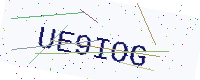
Text: UE9IOG